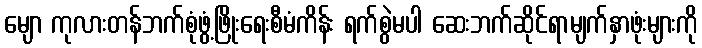
မျော ကုလားတန်ဘက်စုံဖွံ့ဖြိုးရေးစီမံကိန်း ရက်စွဲမပါ ဆေးဘက်ဆိုင်ရာမျက်နှာဖုံးများကို